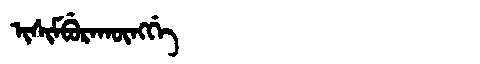
Manchu: ᡳᠰᡳᠮᠪᡠᡵᠠᡴᡡᠩᡤᡝ
Romanization: ISIMBURAKŪNGGE